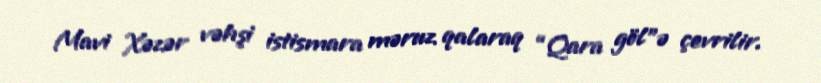
Mavi Xəzər vəhşi istismara məruz qalaraq “Qara göl”ə çevrilir.